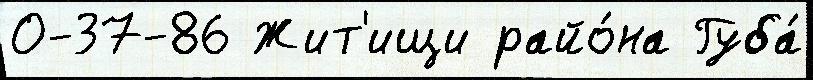
О-37-86 Жит'ищи райо́на Губа́